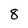
Character: 8